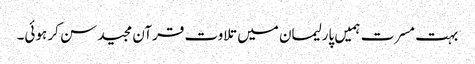
بہت مسرت ہمیں پارلیمان میں تلاوت قرآن مجید سن کر ہوئی۔